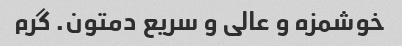
خوشمزه و عالی و سریع دمتون. گرم